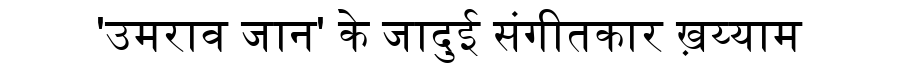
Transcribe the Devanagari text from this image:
'उमराव जान' के जादुई संगीतकार ख़य्याम